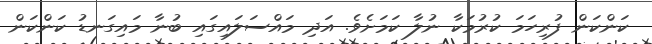
ކަންކަން ފުރިހަމަ ކުރުމަކާ ނުލާ ކަމަށެވެ. އަދި މައްސަލައިގައި ބުނާ މައިގަނޑު ކަންކަން